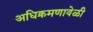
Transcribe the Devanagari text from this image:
अधिक्रमणावेळी